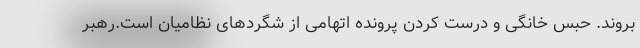
بروند. حبس خانگی و درست کردن پرونده اتهامی از شگردهای نظامیان است.رهبر